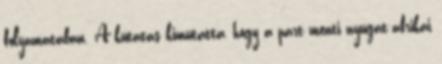
folyamatában. A kutatás kimutatta, hogy a part menti nyugat-afrikai